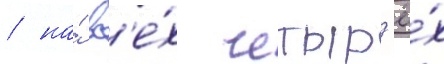
/ на́ вс'е́х четыр'ё́х